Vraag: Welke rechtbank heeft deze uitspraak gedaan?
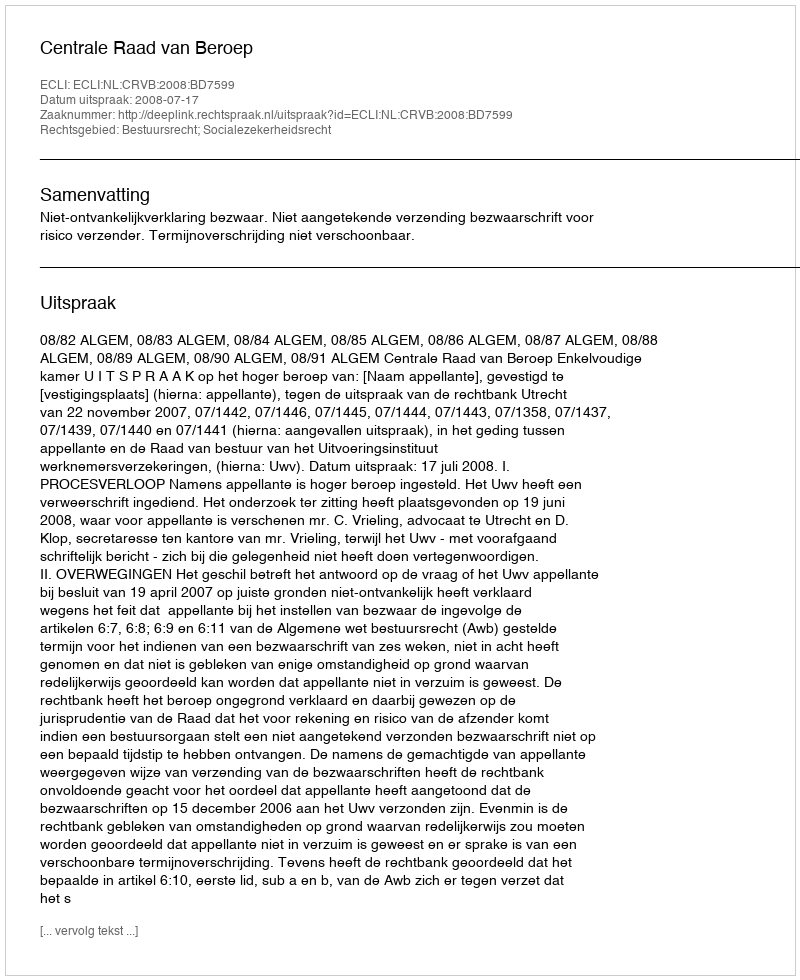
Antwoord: Centrale Raad van Beroep